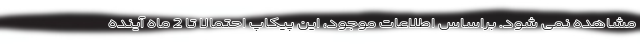
مشاهده نمی شود. براساس اطلاعات موجود، این پیکاپ احتمالا تا 2 ماه آینده